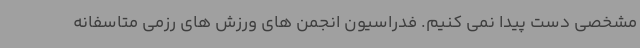
مشخصی دست پیدا نمی کنیم. فدراسیون انجمن های ورزش های رزمی متاسفانه